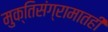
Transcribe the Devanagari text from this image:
मुक्तिसंग्रामातही